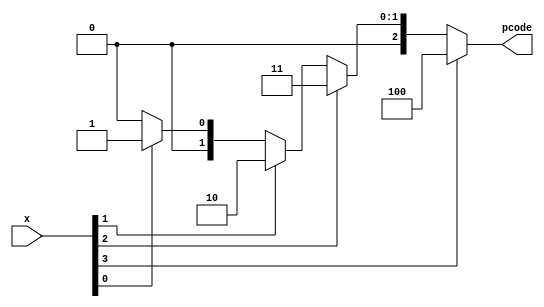
module  priory_encoder
(
input wire  [4:1] x,
output reg  [2:0]  pcode 
);
 
always  @(x[4], x[3],x[2], x[1])
 
if (x[4] == 1'b1)
	pcode = 3'b100;
else if (x[3] == 1'b1)
	pcode = 3'b011;
else if (x[2] == 1'b1)
	pcode = 3'b010;	
else if (x[1] == 1'b1)
	pcode = 3'b001;	
else pcode = 3'b000;
 
endmodule